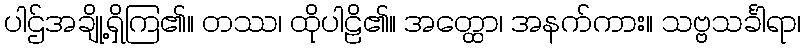
ပါဌ်အချို့ရှိကြ၏။ တဿ၊ ထိုပါဠိ၏။ အတ္ထော၊ အနက်ကား။ သဗ္ဗသင်္ခါရာ၊